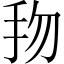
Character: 𢪥